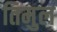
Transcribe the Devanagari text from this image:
तिमुल